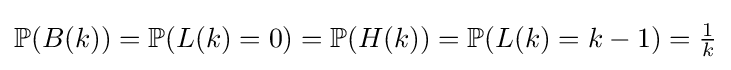
\mathbb {P} (B(k))=\mathbb {P} (L(k)=0)=\mathbb {P} (H(k))=\mathbb {P} (L(k)=k-1)={\tfrac {1}{k}}